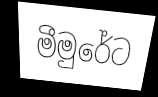
මීමුරේට